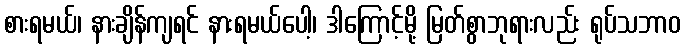
စားရမယ်၊ နားချိန်ကျရင် နားရမယ်ပေါ့၊ ဒါကြောင့်မို့ မြတ်စွာဘုရားလည်း ရုပ်သဘာဝ